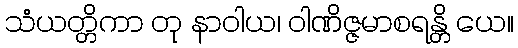
သံယတ္တိကာ တု နာဝါယ၊ ဝါဏိဇ္ဇမာစရန္တိ ယေ။